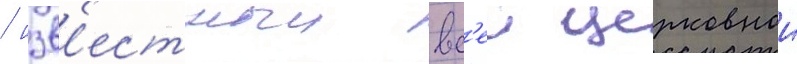
/ изв'естныи вс'еи церковнои